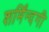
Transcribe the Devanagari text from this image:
शर्मिंन्दगी